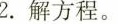
2.解方程。